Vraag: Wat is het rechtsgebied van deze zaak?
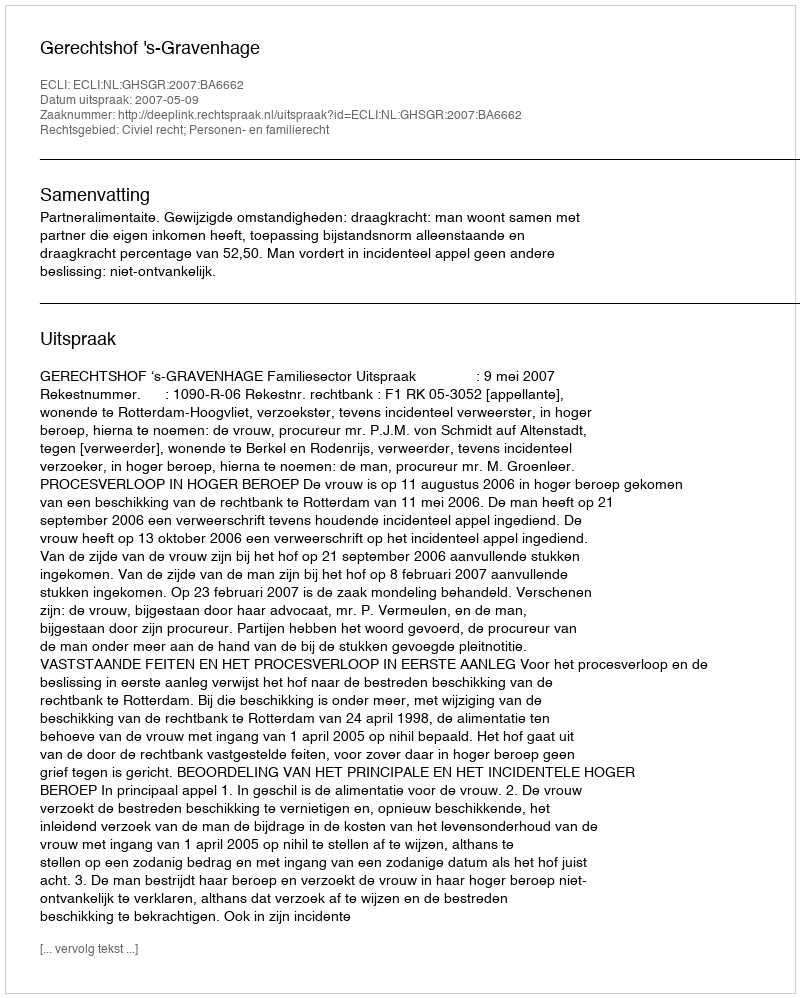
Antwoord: Civiel recht; Personen- en familierecht